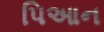
પિઆન